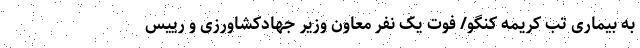
به بیماری تب کریمه کنگو/ فوت یک نفر معاون وزیر جهادکشاورزی و رییس